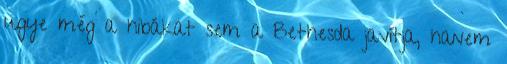
ugye még a hibákat sem a Bethesda javítja, hanem